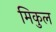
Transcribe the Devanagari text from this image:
मिकुल